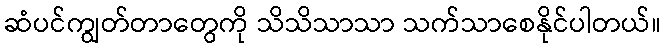
ဆံပင်ကျွတ်တာတွေကို သိသိသာသာ သက်သာစေနိုင်ပါတယ်။